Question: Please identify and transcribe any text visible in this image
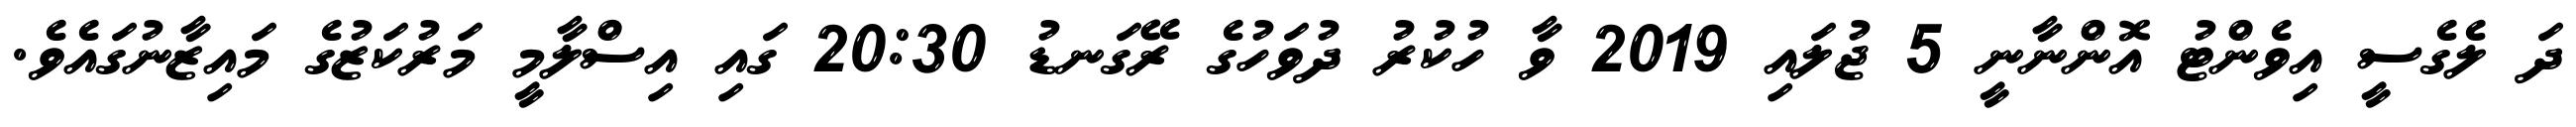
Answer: ދަ ލެގެސީ އިވެންޓު އޮންނާނީ 5 ޖުލައި 2019 ވާ ހުކުރު ދުވަހުގެ ރޭގަނޑު 20:30 ގައި އިސްލާމީ މަރުކަޒުގެ މައިޒާނުގައެވެ.